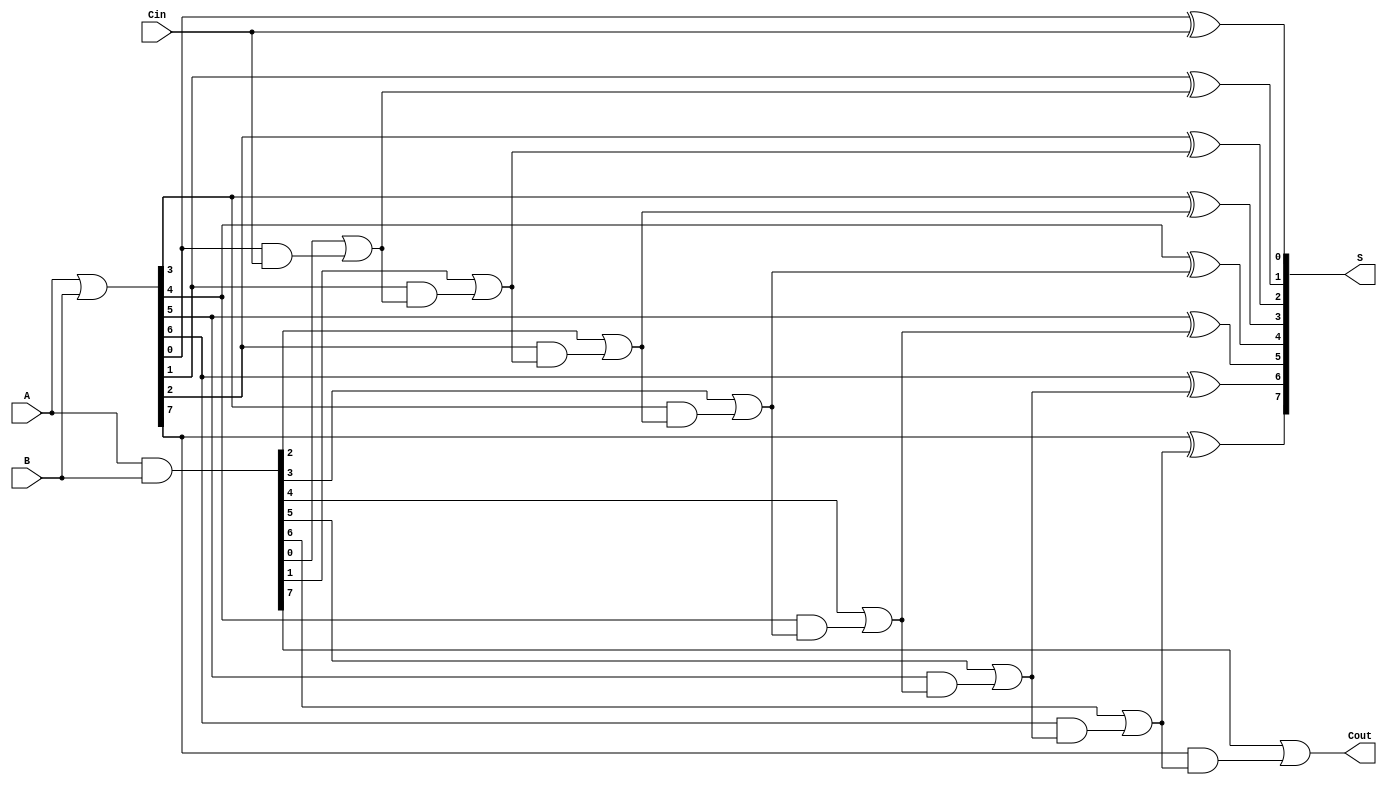
module brent_kung_adder #(
    parameter n = 8 // Width of the adder
)(
    input  [n-1:0] A,      // First n-bit input
    input  [n-1:0] B,      // Second n-bit input
    input        Cin,       // Carry-in
    output [n-1:0] S,      // Sum output
    output       Cout       // Carry-out
);

    wire [n-1:0] G; // Generate signals
    wire [n-1:0] P; // Propagate signals
    wire [n:0] C;   // Carry signals, C[0] = Cin

    // Generate and Propagate signals
    assign G = A & B;       // G[i] = A[i] AND B[i]
    assign P = A | B;       // P[i] = A[i] OR B[i]

    // Carry signals
    assign C[0] = Cin;      // Initial carry is Cin

    // Stage 1: Compute carries
    generate
        genvar i;
        for (i = 1; i < n; i = i + 1) begin : carry_gen
            assign C[i] = G[i-1] | (P[i-1] & C[i-1]);
        end
    endgenerate

    // Final carry-out
    assign Cout = G[n-1] | (P[n-1] & C[n-1]);

    // Sum calculation
    generate
        for (i = 0; i < n; i = i + 1) begin : sum_calc
            assign S[i] = P[i] ^ C[i]; // S[i] = P[i] XOR C[i-1]
        end
    endgenerate

endmodule